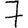
Digit: 7